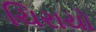
ચિરાયો